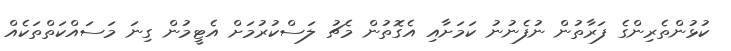
ކުޅުންތެރިންގެ ފަރާތުން ނުފެނުނު ކަމަށާއި އެގޮތުން މެޗު ލަސްކުރުމަށް އެޓީމުން ގިނަ މަސައްކަތްތަކެއް